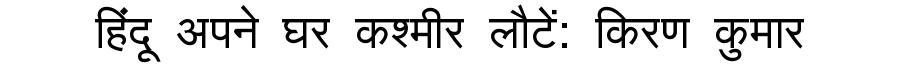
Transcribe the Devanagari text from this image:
हिंदू अपने घर कश्मीर लौटें: किरण कुमार